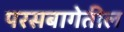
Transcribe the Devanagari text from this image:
परसबागेतील